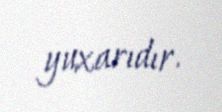
yuxarıdır.